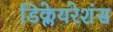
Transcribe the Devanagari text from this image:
डिक्लेयरेशंस